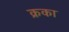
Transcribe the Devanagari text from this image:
क्रका